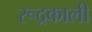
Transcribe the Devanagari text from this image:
रूद्रकाली